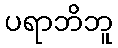
ပရာဘိဘူ